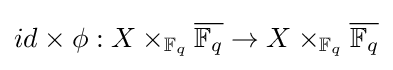
id\times \phi :X\times _{\mathbb {F} _{q}}{\overline {\mathbb {F} _{q}}}\to X\times _{\mathbb {F} _{q}}{\overline {\mathbb {F} _{q}}}